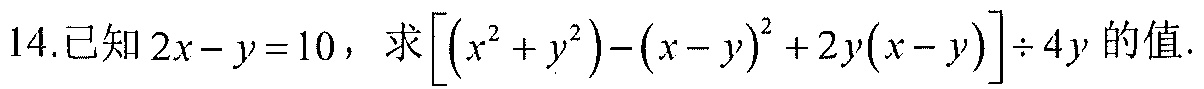
14.已知\(2x - y = 10\)，求\(\left[\left(x^{2}+y^{2}\right)-(x - y)^{2}+2y(x - y)\right]\div4y\)的值.